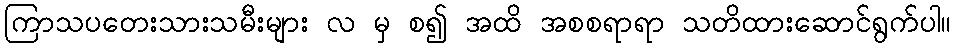
ကြာသပတေးသားသမီးများ လ မှ စ၍ အထိ အစစရာရာ သတိထားဆောင်ရွက်ပါ။